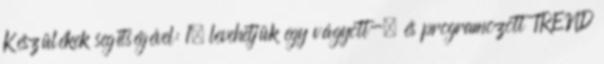
Készülékek segítségével: 1. levehetjük egy vágyott-, és programozott TREND